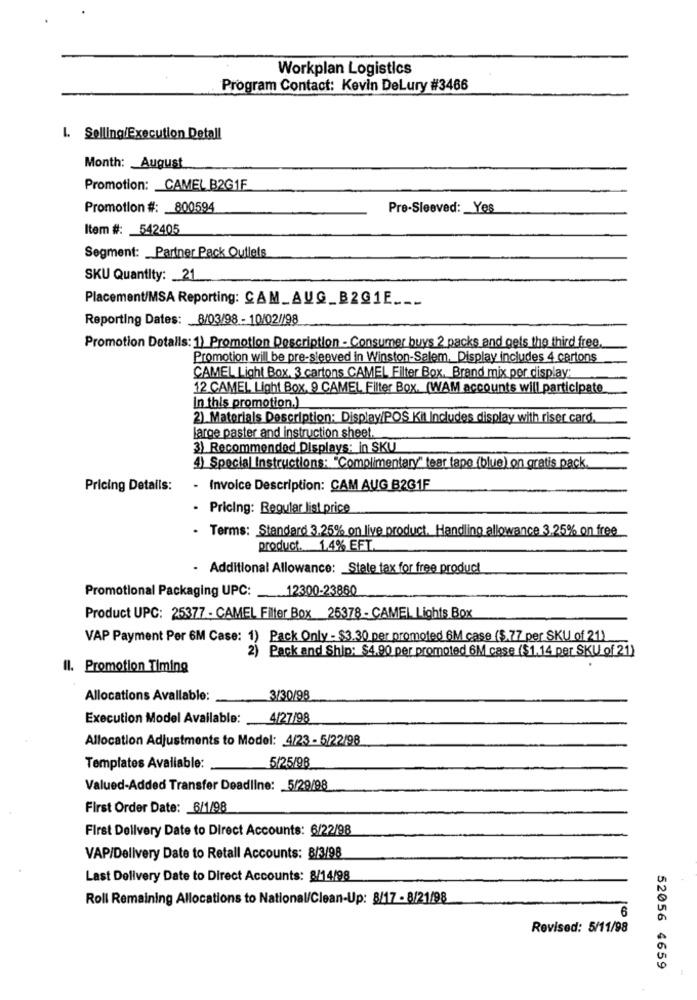
Workplan Logistics
Program Contact: Kevin DeLury #3466
L. Selling/Execution Detall
Month: August
Promotion: CAMEL B2G1F
Promotion #: 800594
Pre-Sleeved: Yes
Item #: 542405
Segment: Partner Pack Outlets
SKU Quantity: _ 21
Placement/MSA Reporting: CAM_AUG_B2@1E ___
Reporting Dates: 8/03/98 - 10/02/198
Promotion Detalls: 1) Promotion Description - Consumer buys 2 packs and gets the third free.
Promotion will be pre-sleeved in Winston-Salem, Display includes 4 cartons
CAMEL Light Box. 3 cartons CAMEL Filter Box. Brand mix per display:
12 CAMEL Light Box. 9 CAMEL Filter Box. (WAM accounts will participate
In this promotion.)
2) Materials Description: Display/POS Kit Includes display with riser card.
large paster and instruction sheet.
3) Recommended Displays: in SKU
4) Special Instructions: "Complimentary" tear tape (blue) on gratis pack.
Pricing Details:
- Invoice Description: CAM AUG B2G1F
- Pricing: Regular list price
· Terms: Standard 3.25% on live product. Handling allowance 3.25% on free
product. 1.4% EFT.
- Additional Allowance: State tax for free product
Promotional Packaging UPC:
12300-23860
Product UPC: 25377 - CAMEL Filter Box 25378 - CAMEL Lights Box
VAP Payment Per 6M Case: 1) Pack Only - $3.30 per promoted 6M case ($.77 per SKU of 21)
2) Pack and Ship: $4.90 per promoted 6M case ($1.14 per SKU of 21)
Il. Promotion Timing
Allocations Avallable:
3/30/98
Execution Model Available:
4/27/98
Allocation Adjustments to Model: 4/23 - 5/22/98
Templates Available:
5/25/98
Valued-Added Transfer Deadline: 5/29/98
First Order Date: 6/1/98
First Delivery Date to Direct Accounts: 6/22/98
VAP/Delivery Date to Retall Accounts: 8/3/98
Last Delivery Date to Direct Accounts: 8/14/98
Roll Remaining Allocations to National/Clean-Up: 8/17 - 8/21/98
6
Revised: 5/11/98
52056 4659